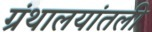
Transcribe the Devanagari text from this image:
ग्रंथालयांतली